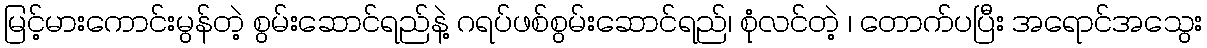
မြင့်မားကောင်းမွန်တဲ့ စွမ်းဆောင်ရည်နဲ့ ဂရပ်ဖစ်စွမ်းဆောင်ရည်၊ စုံလင်တဲ့ ၊ တောက်ပပြီး အရောင်အသွေး